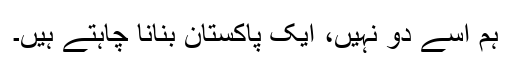
ہم اسے دو نہیں، ایک پاکستان بنانا چاہتے ہیں۔